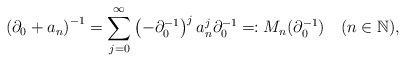
\begin{align*}\left(\partial_{0}+a_{n}\right)^{-1}=\sum_{j=0}^{\infty}\left(-\partial_{0}^{-1}\right)^{j}a_{n}^{j}\partial_{0}^{-1}\eqqcolon M_{n}(\partial_{0}^{-1})\quad(n\in\mathbb{N}),\end{align*}